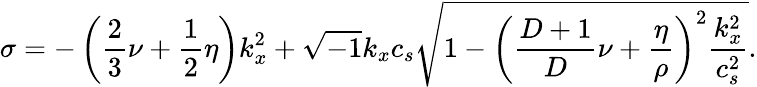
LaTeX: \sigma=-\left(\frac{2}{3}\nu+\frac{1}{2}\eta\right)k_{x}^{2}+\sqrt{-1}k_{x}c_{s}\sqrt{1-{\left(\frac{D+1}{D}\nu+\frac{\eta}{\rho}\right)}^{2}\frac{k_{x}^{2}}{c_{s}^{2}}}.